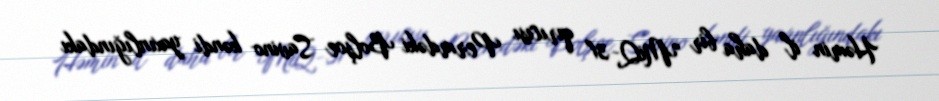
Həmin il daha bir "MiQ-31" qırıcısı Permdəki Bolşoe Savino kəndi yaxınlığındakı